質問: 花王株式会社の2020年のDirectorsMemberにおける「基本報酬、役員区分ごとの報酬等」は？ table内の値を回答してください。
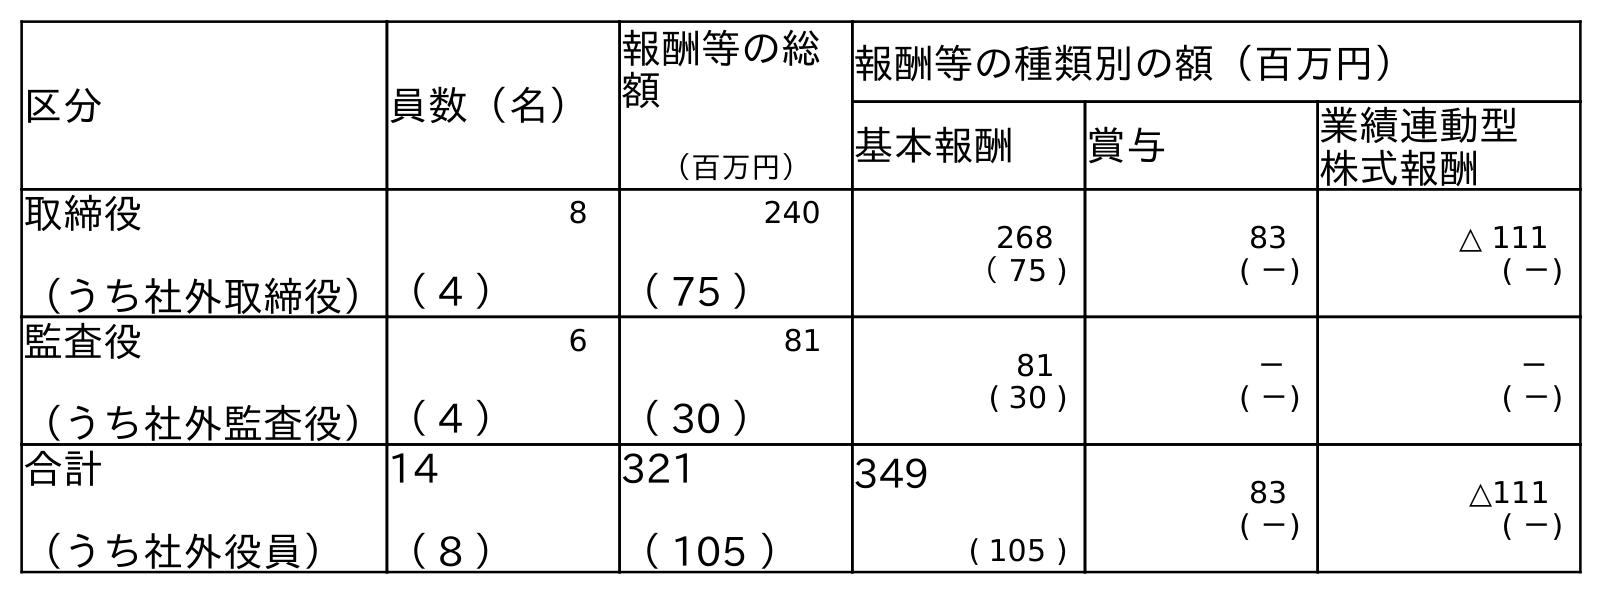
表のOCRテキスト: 区分 員数（名） 報酬等の総 額 （百万円） 報酬等の種類別の額（百万円） 基本報酬 賞与 業績連動型 株式報酬 取締役 （うち社外取締役） 8 （ 4 ） 240 （ 75 ） 268 （ 75 ) 83 ( －) △ 111 ( －) 監査役 （うち社外監査役） 6 （ 4 ） 81 （ 30 ） 81 ( 30 ) － ( －) － ( －) 合計 （うち社外役員） 14 （ 8 ） 321 （ 105 ） 349 ( 105 ) 83 ( －) △111 ( －)
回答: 268（75)